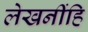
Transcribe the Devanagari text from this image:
लेखनींहि